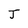
Character: J